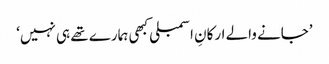
’جانے والے ارکانِ اسمبلی کبھی ہمارے تھے ہی نہیں‘